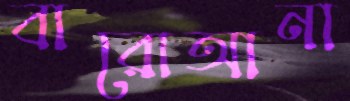
বারোআনা